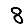
Digit: 8